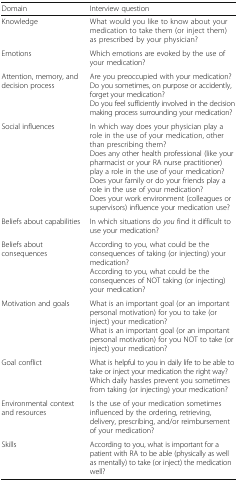
<table><thead><tr><td><b>Domain</b></td><td><b>Interview question</b></td></tr></thead><tbody><tr><td>Knowledge</td><td>What would you like to know about your medication to take them (or inject them) as prescribed by your physician?</td></tr><tr><td>Emotions</td><td>Which emotions are evoked by the use of your medication?</td></tr><tr><td>Attention, memory, and decision process</td><td>Are you preoccupied with your medication?Do you sometimes, on purpose or accidently, forget your medication?Do you feel sufficiently involved in the decision making process surrounding your medication?</td></tr><tr><td>Social influences</td><td>In which way does your physician play a role in the use of your medication, other than prescribing them?Does any other health professional (like your pharmacist or your RA nurse practitioner) play a role in the use of your medication?Does your family or do your friends play a role in the use of your medication?Does your work environment (colleagues or supervisors) influence your medication use?</td></tr><tr><td>Beliefs about capabilities</td><td>In which situations do <i>you</i> find it difficult to use your medication?</td></tr><tr><td>Beliefs about consequences</td><td>According to you, what could be the consequences of taking (or injecting) your medication?According to you, what could be the consequences of NOT taking (or injecting) your medication?</td></tr><tr><td>Motivation and goals</td><td>What is an important goal (or an important personal motivation) for you to take (or inject) your medication?What is an important goal (or an important personal motivation) for you NOT to take (or inject) your medication?</td></tr><tr><td>Goal conflict</td><td>What is helpful to you in daily life to be able to take or inject your medication the right way?Which daily hassles prevent you sometimes from taking (or injecting) your medication?</td></tr><tr><td>Environmental context and resources</td><td>Is the use of your medication sometimes influenced by the ordering, retrieving, delivery, prescribing, and/or reimbursement of your medication?</td></tr><tr><td>Skills</td><td>According to you, what is important for a patient with RA to be able (physically as well as mentally) to take (or inject) the medication well?</td></tr></tbody></table>